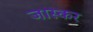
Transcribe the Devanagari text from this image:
जास्कर